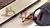
احفظ